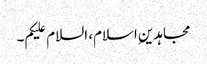
مجاہدین ِاسلام، السلام علیکم۔